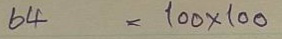
64 = 100 x100